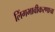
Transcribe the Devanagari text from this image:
लिंगभावीकरणाचा